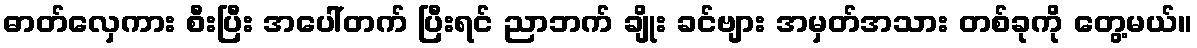
ဓာတ်လှေကား စီးပြီး အပေါ်တက် ပြီးရင် ညာဘက် ချိုး ခင်ဗျား အမှတ်အသား တစ်ခုကို တွေ့မယ်။